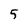
Character: 5